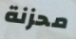
محزنة